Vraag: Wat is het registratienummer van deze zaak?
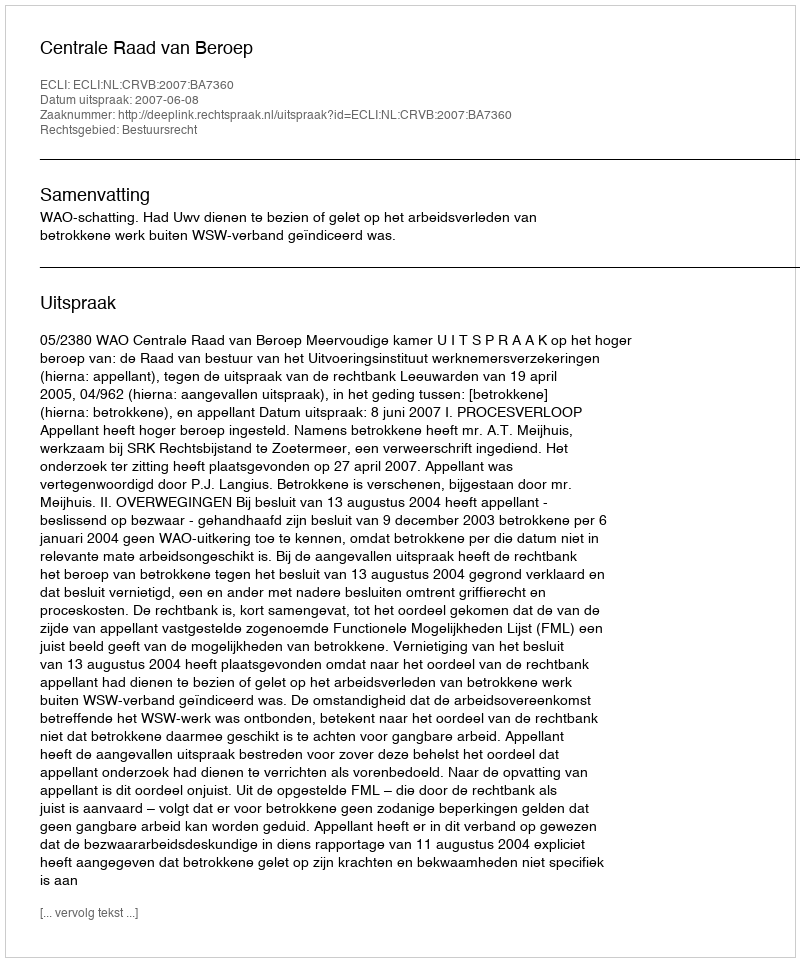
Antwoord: http://deeplink.rechtspraak.nl/uitspraak?id=ECLI:NL:CRVB:2007:BA7360